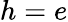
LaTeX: h=e